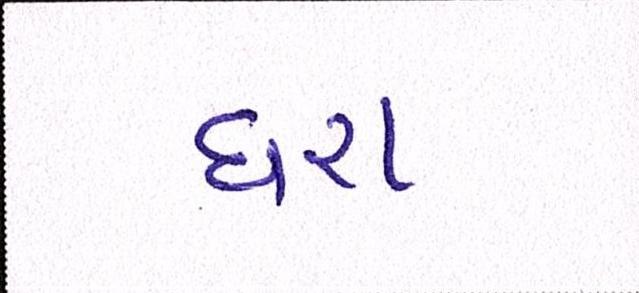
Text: ધરા